Leaving Certificate Examination, 1925
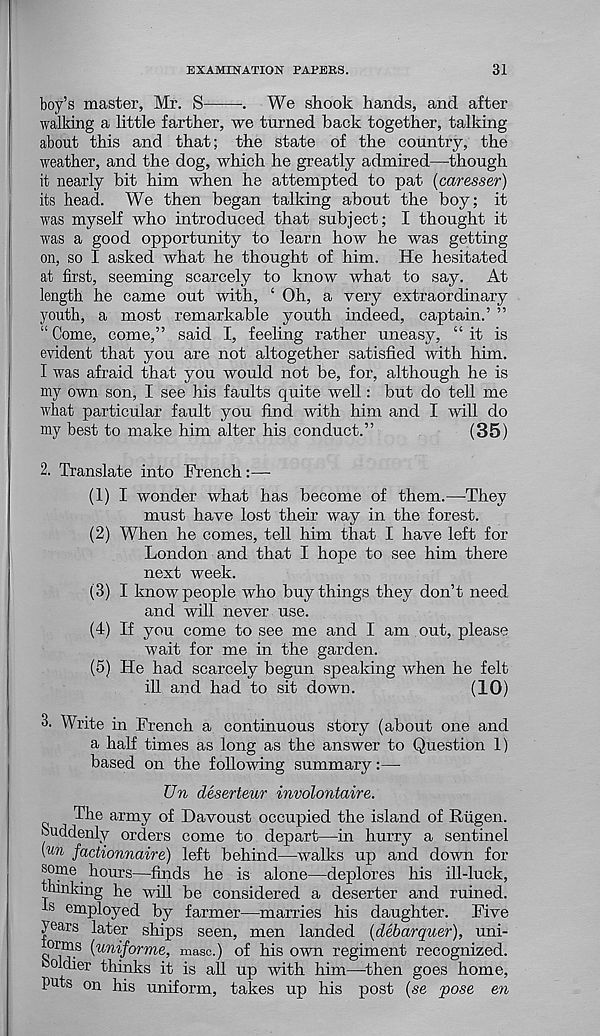
EXAMINATION PAPERS.
31
boy’s master, Mr. S
. We shook hands, and after
walking a little farther, we turned back together, talking
about this and that; the state of the country, the
weather, and the dog, which he greatly admired—though
it nearly bit him when he attempted to pat (caresser)
its head. We then began talking about the boy; it
was myself who introduced that subject; I thought it
was a good opportunity to learn how he was getting
on, so I asked what he thought of him. He hesitated
at first, seeming scarcely to know what to say. At
length he came out with, ‘ Oh, a very extraordinary
youth, a most remarkable youth indeed, captain.’ ”
“ Come, come,” said I, feeling rather uneasy, “it is
evident that you are not altogether satisfied with him.
I was afraid that you would not be, for, although he is
my own son, I see his faults quite well: but do tell me
what particular fault you find with him and I will do
my best to make him alter his conduct.”
(35)
2. Translate into French:—-
(1) I wonder what has become of them.—They
must have lost their way in the forest.
(2) When he comes, tell him that I have left for
London and that I hope to see him there
next week.
(3) I know people who buy things they don’t need
and will never use.
(4) If you come to see me and I am out, please
wait for me in the garden.
(5) He had scarcely begun speaking when he felt
ill and had to sit down.
(10)
3. Write in French a continuous story (about one and
a half times as long as the answer to Question 1)
based on the following summary:—
Un deserteur involontaire.
The army of Davoust occupied the island of Riigen.
suddenly orders come to depart—in hurry a sentinel
(un factionnaire) left behind—walks up and down for
some hours—finds he is alone—deplores his ill-luck,
thinking he will be considered a deserter and ruined,
ts employed by farmer—marries his daughter. Five
years later ships seen, men landed (debarquer), uni-
q 0 ??- 8 ( un tf orm z, masc.) of his own regiment recognized,
ooldier thinks it is all up with him—then goes home,
puts on his uniform, takes up his post (se pose en